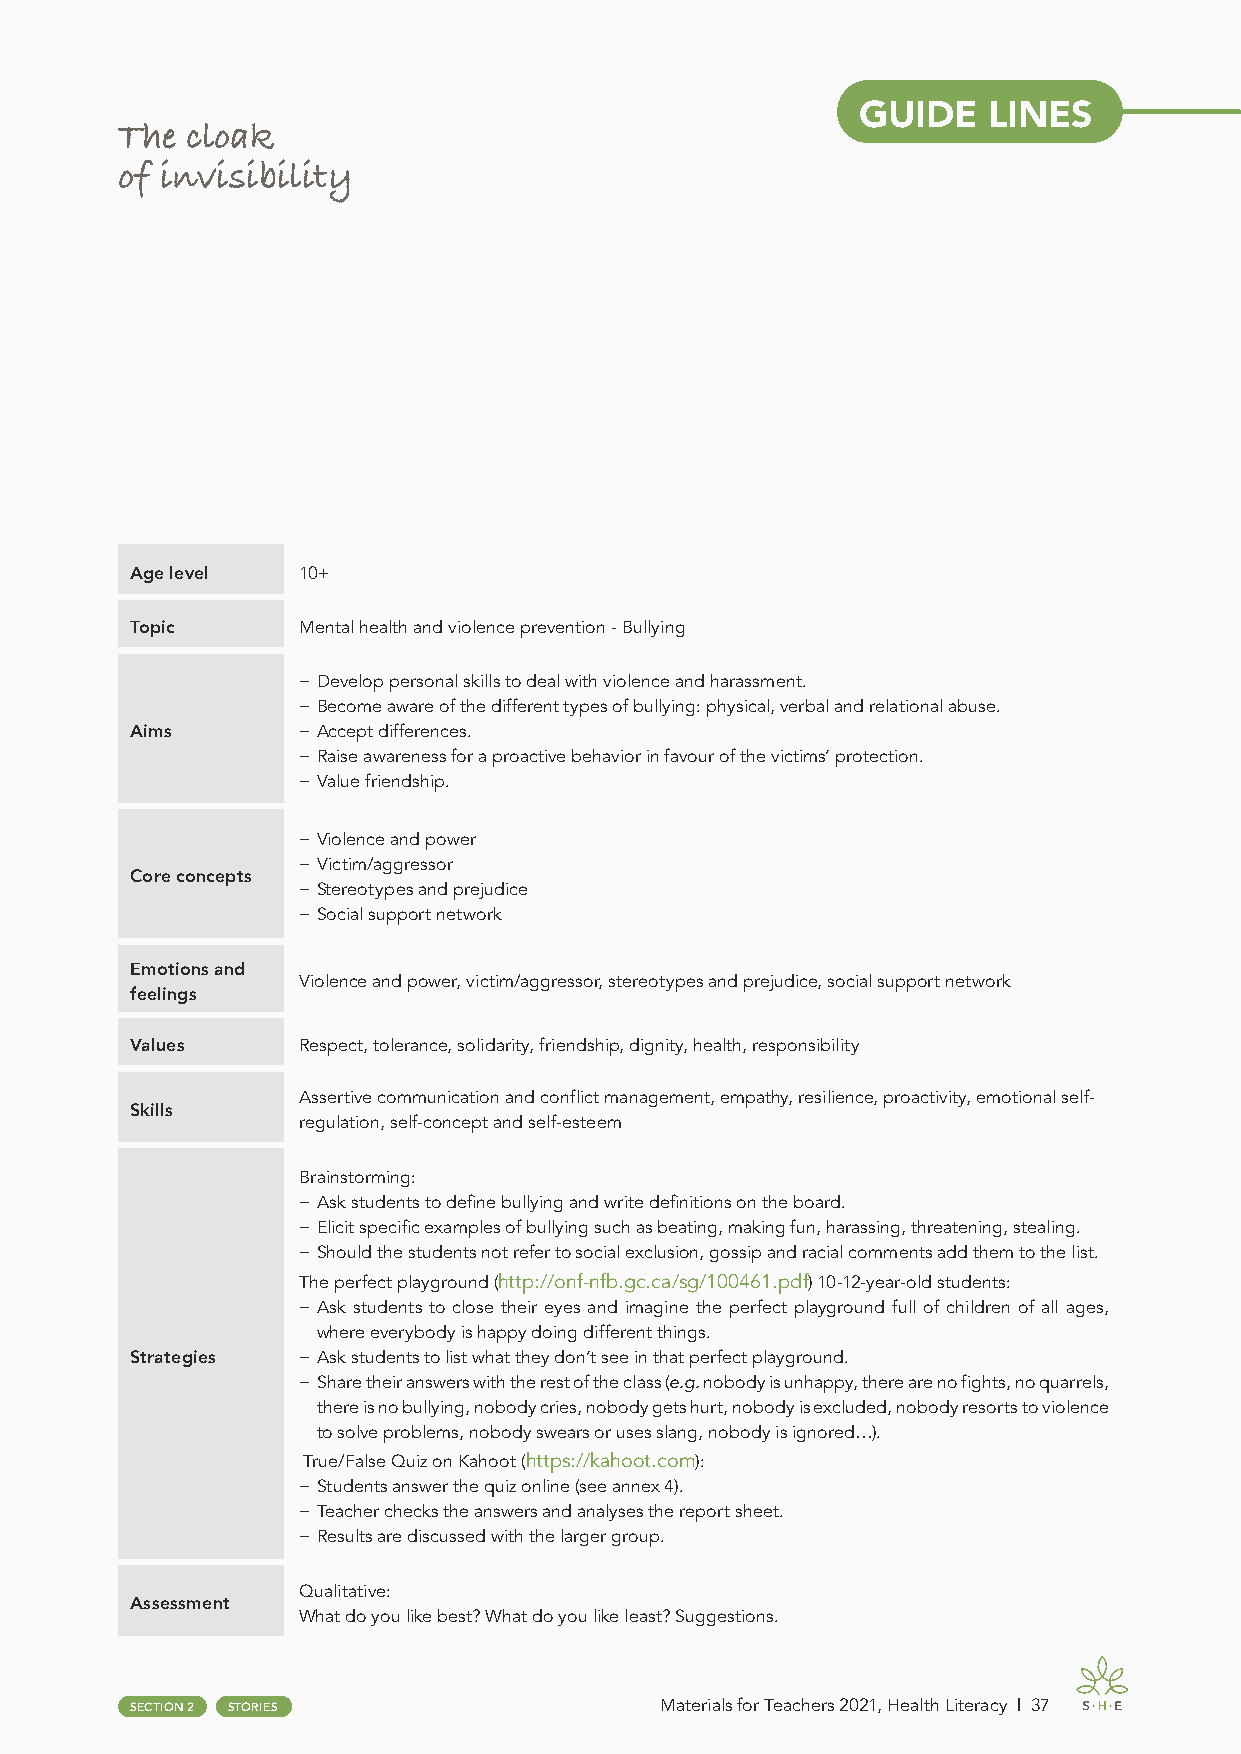
GUIDE   LINES
 The cloak
 of invisibility
 Age level  10+
 Topic      Mental health and violence prevention - Bullying
 − Develop personal skills to deal with violence and harassment.
 − Become aware of the different types of bullying: physical, verbal and relational abuse.
 Aims       − Accept differences.
 − Raise awareness for a proactive behavior in favour of the victims’ protection.
 − Value friendship.
 − Violence and power
 − Victim/aggressor
 Core concepts
 − Stereotypes and prejudice
 − Social support network
 Emotions and
 Violence and power, victim/aggressor, stereotypes and prejudice, social support network
 feelings
 Values     Respect, tolerance, solidarity, friendship, dignity, health, responsibility
 Assertive communication and conflict management, empathy, resilience, proactivity, emotional self-
 Skills
 regulation, self-concept and self-esteem
 Brainstorming:
 − Ask students to define bullying and write definitions on the board.
 − Elicit specific examples of bullying such as beating, making fun, harassing, threatening, stealing.
 − Should the students not refer to social exclusion, gossip and racial comments add them to the list.
 The perfect playground (http://onf-nfb.gc.ca/sg/100461.pdf) 10-12-year-old students:
 − Ask students to close their eyes and imagine the perfect playground full of children of all ages,
 where everybody is happy doing different things.
 Strategies − Ask students to list what they don’t see in that perfect playground.
 − Share their answers with the rest of the class (e.g. nobody is unhappy, there are no fights, no quarrels,
 there is no bullying, nobody cries, nobody gets hurt, nobody is excluded, nobody resorts to violence
 to solve problems, nobody swears or uses slang, nobody is ignored…).
 True/False Quiz on Kahoot (https://kahoot.com):
 − Students answer the quiz online (see annex 4).
 − Teacher checks the answers and analyses the report sheet.
 − Results are discussed with the larger group.
 Qualitative:
 Assessment
 What do you like best? What do you like least? Suggestions.
 SECTION 2 STORIES                  Materials for Teachers 2021, Health Literacy | 37